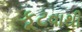
કૂટવાથી